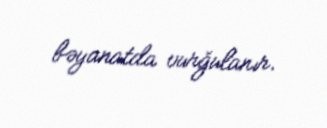
bəyanatda vurğulanır.